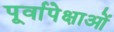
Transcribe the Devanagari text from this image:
पूर्वापेक्षाओं